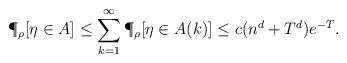
LaTeX: \begin{align*}\P_{\rho}[\eta \in A] \leq \sum_{k=1}^{\infty}\P_{\rho}[\eta \in A(k)] \leq c(n^{d}+T^{d})e^{-T}.\end{align*}